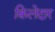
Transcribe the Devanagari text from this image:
क़िलेदार